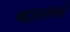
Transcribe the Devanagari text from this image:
भद्राचलमचे